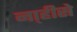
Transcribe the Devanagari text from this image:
ना्हीसे